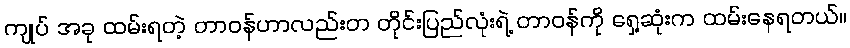
ကျုပ် အခု ထမ်းရတဲ့ တာဝန်ဟာလည်းတ တိုင်းပြည်လုံးရဲ့ တာဝန်ကို ရှေ့ဆုံးက ထမ်းနေရတယ်။